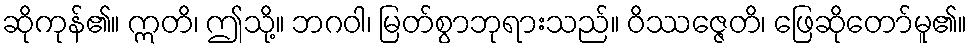
ဆိုကုန်၏။ ဣတိ၊ ဤသို့။ ဘဂဝါ၊ မြတ်စွာဘုရားသည်။ ဝိဿဇ္ဇေတိ၊ ဖြေဆိုတော်မူ၏။